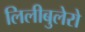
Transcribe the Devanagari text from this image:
लिलीबुलेरो